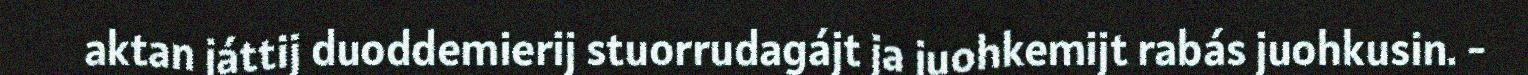
aktan játtij duoddemierij stuorrudagájt ja juohkemijt rabás juohkusin. -